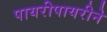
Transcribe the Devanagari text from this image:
पायरीपायरीने